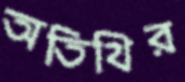
অতিথির